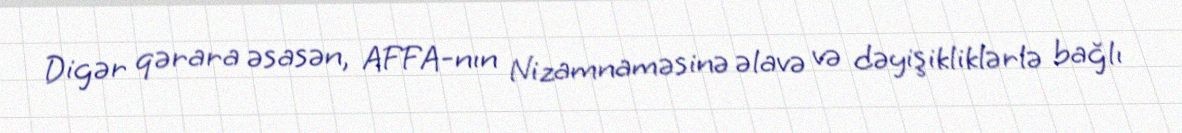
Digər qərara əsasən, AFFA-nın Nizamnaməsinə əlavə və dəyişikliklərlə bağlı